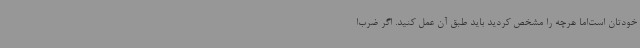
خودتان است‌اما هرچه را مشخص کردید باید طبق آن عمل کنید. اگر ضرب‌ا